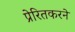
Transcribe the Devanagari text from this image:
प्रेरितकरने